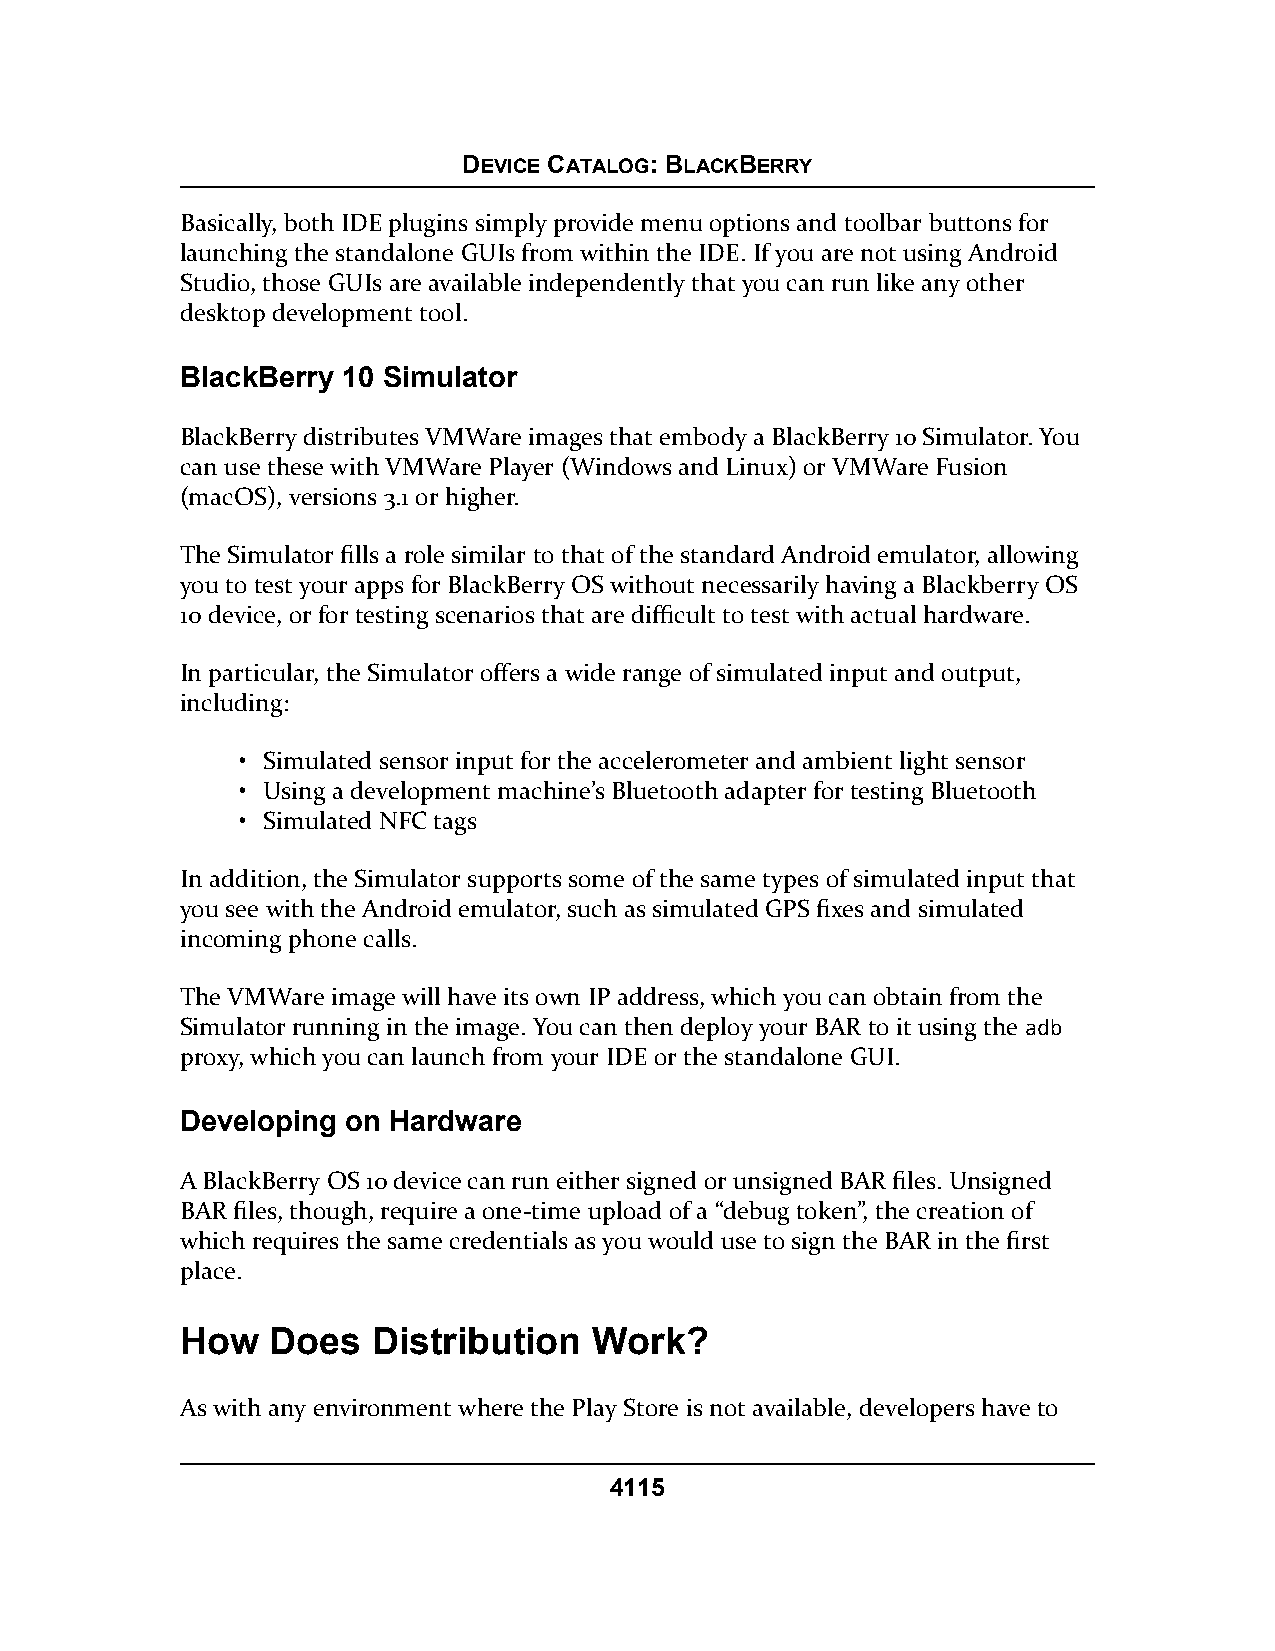
DEVICE CATALOG: BLACKBERRY
 Basically, both IDE plugins simply provide menu options and toolbar buttons for
 launching the standalone GUIs from within the IDE. If you are not using Android
 Studio, those GUIs are available independently that you can run like any other
 desktop development tool.
 BlackBerry 10 Simulator
 BlackBerry distributes VMWare images that embody a BlackBerry 10 Simulator. You
 can use these with VMWare Player (Windows and Linux) or VMWare Fusion
 (macOS), versions 3.1 or higher.
 The Simulator fills a role similar to that of the standard Android emulator, allowing
 you to test your apps for BlackBerry OS without necessarily having a Blackberry OS
 10 device, or for testing scenarios that are difficult to test with actual hardware.
 In particular, the Simulator offers a wide range of simulated input and output,
 including:
 • Simulated sensor input for the accelerometer and ambient light sensor
 • Using a development machine’s Bluetooth adapter for testing Bluetooth
 • Simulated NFC tags
 In addition, the Simulator supports some of the same types of simulated input that
 you see with the Android emulator, such as simulated GPS fixes and simulated
 incoming phone calls.
 The VMWare image will have its own IP address, which you can obtain from the
 Simulator running in the image. You can then deploy your BAR to it using the aaddbb
 proxy, which you can launch from your IDE or the standalone GUI.
 Developing on Hardware
 A BlackBerry OS 10 device can run either signed or unsigned BAR files. Unsigned
 BAR files, though, require a one-time upload of a “debug token”, the creation of
 which requires the same credentials as you would use to sign the BAR in the first
 place.
 How   Does   Distribution  Work?
 As with any environment where the Play Store is not available, developers have to
 4115